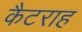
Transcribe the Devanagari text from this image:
कैटराह